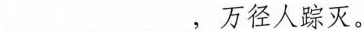
___，万径人踪灭。